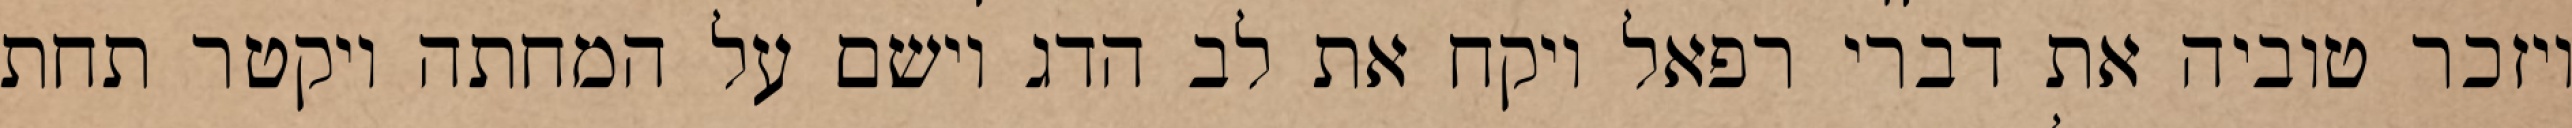
ויזכר טוביה את דברי רפאל ויקח את לב הדג וישם על המחתה ויקטר תחת